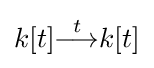
k[t]{\stackrel {t}{\longrightarrow }}k[t]